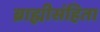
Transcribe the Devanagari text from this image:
ब्राह्मीसंहिता